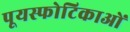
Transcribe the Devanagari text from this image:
पूयस्फोटिकाओं